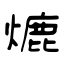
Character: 熝